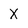
Character: X